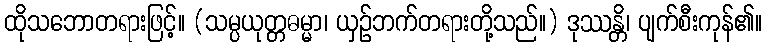
ထိုသဘောတရားဖြင့်။ (သမ္ပယုတ္တဓမ္မာ၊ ယှဉ်ဘက်တရားတို့သည်။) ဒုဿန္တိ၊ ပျက်စီးကုန်၏။